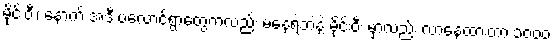
မိုင်းဝီး၊ နောက် အဲဒီ ပလောင်ရွာတွေကလည်း မနေရဲဘဲနဲ့ မိုင်းဝီး မှာလည်း လာနေထားတာ ၁၀၀၀